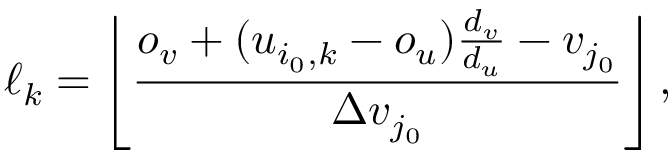
\ell _ { k } = \left\lfloor \frac { o _ { v } + ( u _ { i _ { 0 } , k } - o _ { u } ) \frac { d _ { v } } { d _ { u } } - v _ { j _ { 0 } } } { \Delta v _ { j _ { 0 } } } \right\rfloor ,